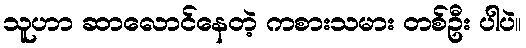
သူဟာ ဆာလောင်နေတဲ့ ကစားသမား တစ်ဦး ပါပဲ။